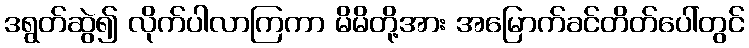
ဒရွတ်ဆွဲ၍ လိုက်ပါလာကြကာ မိမိတို့အား အမြောက်ခင်တိတ်ပေါ်တွင်